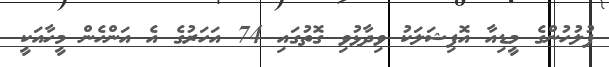
ފުލުހުންގެ މީޑިއާ އޮފިޝަލަކު ވިދާޅުވި ގޮތުގައި 74 އަހަރުގެ އެ އަންހެން މީހާއަކީ